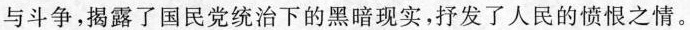
与斗争，揭露了国民党统治下的黑暗现实，抒发了人民的愤恨之情。